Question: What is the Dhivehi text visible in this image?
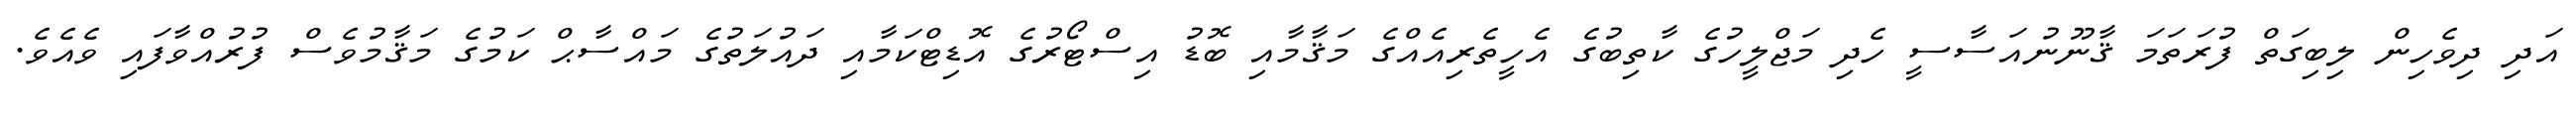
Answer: އަދި ދިވެހިން ލިބިގަތް ފުރަތަމަ ޤާނޫނުއަސާސީ ހެދި މަޖްލީހުގެ ކާތިބުގެ އެހީތެރިއެއްގެ މަޤާމާއި ބޮޑު އިސްޓޯރުގެ އޮޑިޓްކަމާއި ދައުލަތުގެ މައްސާޙް ކަމުގެ މަޤާމުވެސް ފުރުއްވާފައި ވެއެވެ.